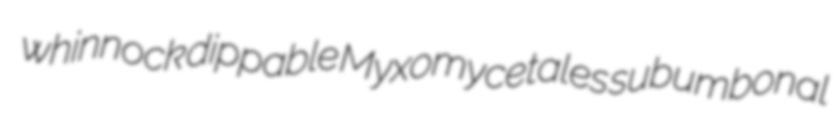
whinnock dippable Myxomycetales subumbonal